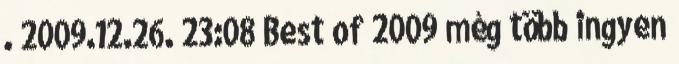
. 2009.12.26. 23:08 Best of 2009 még több ingyen